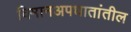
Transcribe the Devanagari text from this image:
विमानअपघातांतील